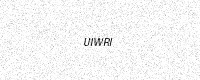
Text: UIWRI